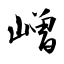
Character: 嶒